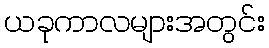
ယခုကာလများအတွင်း